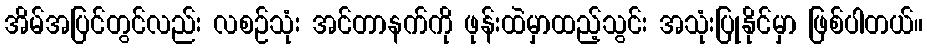
အိမ်အပြင်တွင်လည်း လစဉ်သုံး အင်တာနက်ကို ဖုန်းထဲမှာထည့်သွင်း အသုံးပြုနိုင်မှာ ဖြစ်ပါတယ်။